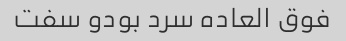
فوق العاده سرد بودو سفت